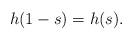
LaTeX: \begin{align*}h(1-s)=h(s).\end{align*}